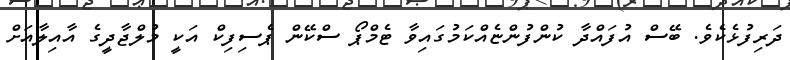
ދަރިފުޅެކެވެ. ބޭސް އުފައްދާ ކުންފުންޏެއްކަމުގައިވާ ޓެމްޕޯ ސްކޭން ޕެސިފިކް އަކީ މުލްޖާދީގެ އާއިލާއަށް